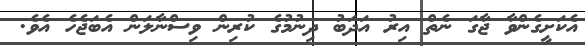
އެކަށީގެންވާ ޖާގަ ނެތް އިރު އަދަބު ދިނުމުގެ ކުރިން ވިސްނާލަން އެބަޖެހެ އެވެ.